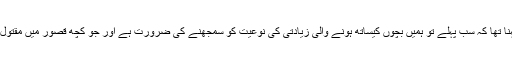
ڈان نیوز کے پروگرام ‘نیوز وائز’ میں گفتگو کرتے ہوئے ماہین تاثیر کا کہنا تھا کہ سب پہلے تو ہمیں بچوں کیساتھ ہونے والی زیادتی کی نوعیت کو سمجھنے کی ضرورت ہے اور جو کچھ قصور میں مقتول زینب اور دیگر بچوں کیساتھ ہوا، وہ انتہائی خطرناک قسم کے واقعات ہیں۔